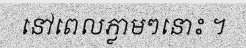
នៅពេលភ្លាមៗនោះ ។